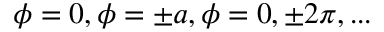
\phi = 0 , \phi = \pm a , \phi = 0 , \pm 2 \pi , . . .